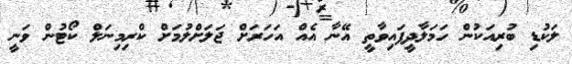
ލަކުޑި ބުރިއަކުން ހަމަލާދީފައިވާތީ އޭނާ އެއް އަހަރަށް ޖަލަށްލުމަށް ކްރިމިނަލް ކޯޓުން ވަނީ